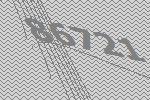
86721